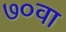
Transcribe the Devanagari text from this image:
७०वा